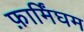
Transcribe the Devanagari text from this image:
फ़ार्मिंघम